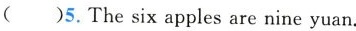
( )5.The six apples are nine yuan.